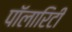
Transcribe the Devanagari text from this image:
पॉलारिटी